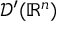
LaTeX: { \mathcal { D } } ^ { \prime } ( \mathbb { R } ^ { n } )